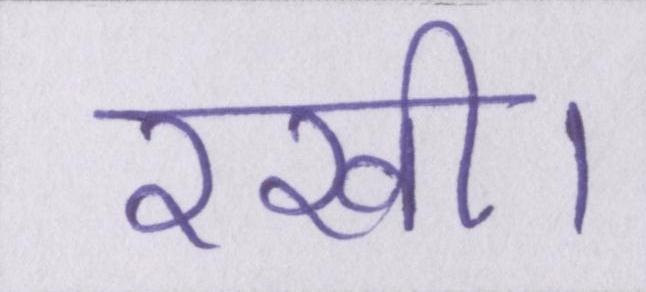
रखी।